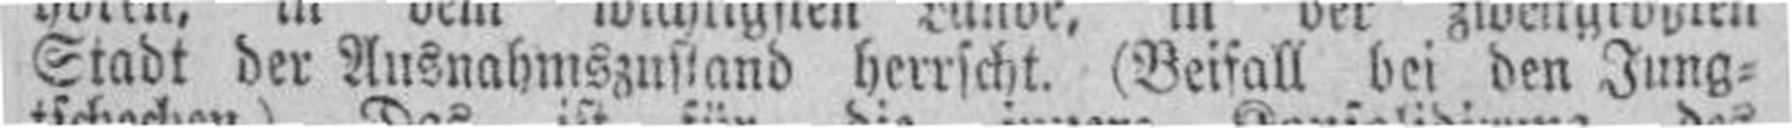
Stadt der Ausnahmszustand herrscht. (Beifall bei den Jung¬